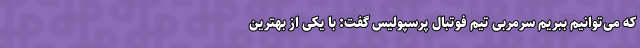
که می‌توانیم ببریم سرمربی تیم فوتبال پرسپولیس گفت: با یکی از بهترین